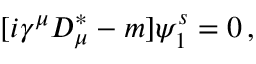
[ i \gamma ^ { \mu } D _ { \mu } ^ { \ast } - m ] \psi _ { 1 } ^ { s } = 0 \, , \,